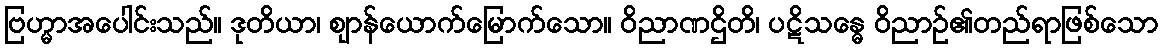
ဗြဟ္မာအပေါင်းသည်။ ဒုတိယာ၊ ဈာန်ယောက်မြောက်သော။ ဝိညာဏဌိတိ၊ ပဋိသန္ဓေ ဝိညာဉ်၏တည်ရာဖြစ်သော